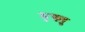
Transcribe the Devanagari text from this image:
मुख्यु